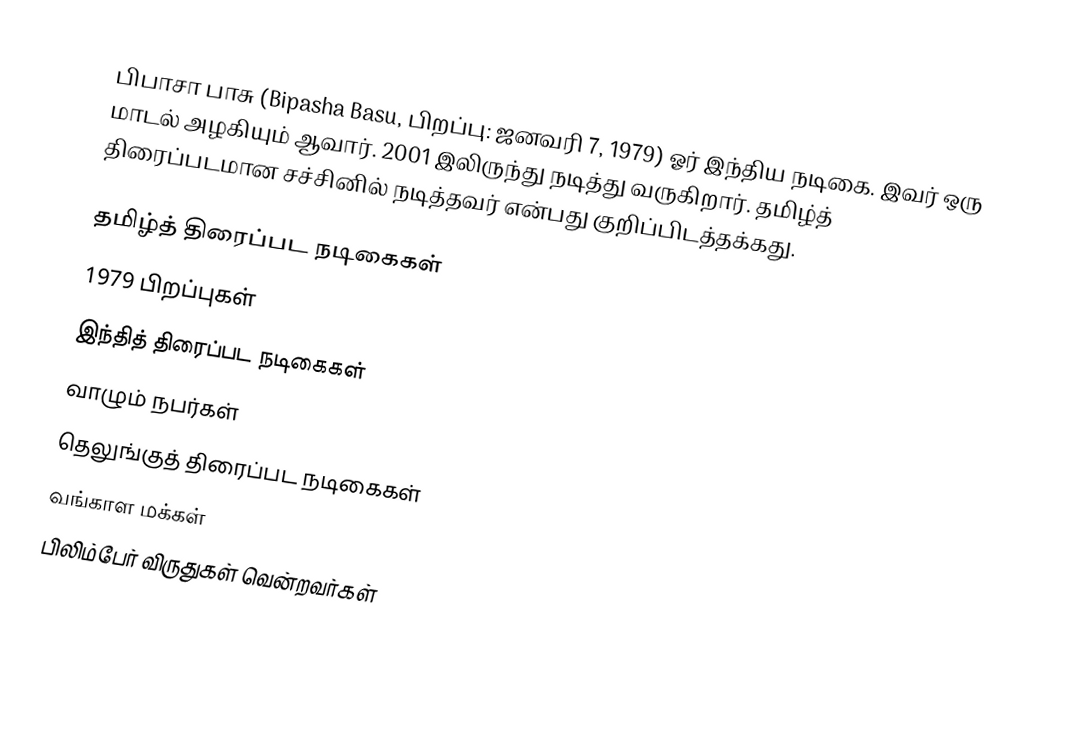
பிபாசா பாசு (Bipasha Basu, பிறப்பு: ஜனவரி 7, 1979) ஓர் இந்திய நடிகை. இவர் ஒரு மாடல் அழகியும் ஆவார். 2001 இலிருந்து நடித்து வருகிறார். தமிழ்த் திரைப்படமான சச்சினில் நடித்தவர் என்பது குறிப்பிடத்தக்கது.

தமிழ்த் திரைப்பட நடிகைகள்
1979 பிறப்புகள்
இந்தித் திரைப்பட நடிகைகள்
வாழும் நபர்கள்
தெலுங்குத் திரைப்பட நடிகைகள்
வங்காள மக்கள்
பிலிம்பேர் விருதுகள் வென்றவர்கள்